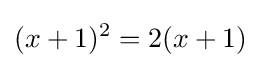
(x+1)^{2}=2(x+1)